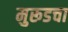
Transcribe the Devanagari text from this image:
मुरूडचा